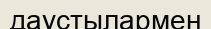
даустылармен